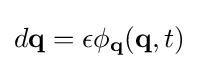
{\textstyle d\mathbf {q} =\epsilon \phi _{\mathbf {q} }(\mathbf {q} ,t)}